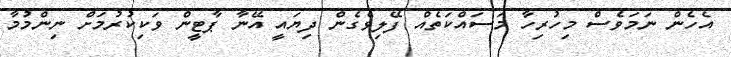
އެހެން ނަމަވެސް މިހުރިހާ މަސައްކަތެއް ފޭލިވެގެން ދިޔައީ އޭނާ ޕާޓީން ވަކިކުރުމަށް ނިންމުމާ